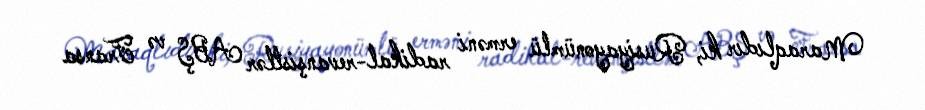
Maraqlıdır ki, Rusiyayonümlü erməni radikal-revanşistlər ABŞ və Fransa